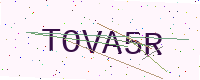
Text: TOVA5R